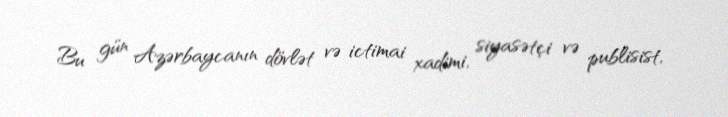
Bu gün Azərbaycanın dövlət və ictimai xadimi, siyasətçi və publisist,